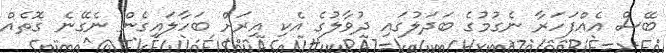
ބޭސް އެއްފަހަރާ ނެގުމުގެ ބަދަލުގައި ދުވާލުގެ އެކި އިރަށް ބަހާލައިގެން ނެގޭނެ ގޮތެއް